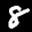
Label: 8